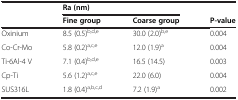
<table><thead><tr><td rowspan="2"></td><td colspan="2"><b>Ra (nm)</b></td><td></td></tr><tr><td><b>Fine group</b></td><td><b>Coarse group</b></td><td><b>P-value</b></td></tr></thead><tbody><tr><td>Oxinium</td><td>8.5 (0.5)<sup>b,d,e</sup></td><td>30.0 (2.0)<sup>b,e</sup></td><td>0.004</td></tr><tr><td>Co-Cr-Mo</td><td>5.8 (0.2)<sup>a,c,e</sup></td><td>12.0 (1.9)<sup>a</sup></td><td>0.004</td></tr><tr><td>Ti-6Al-4 V</td><td>7.1 (0.4)<sup>b,d,e</sup></td><td>16.5 (14.5)</td><td>0.003</td></tr><tr><td>Cp-Ti</td><td>5.6 (1.2)<sup>a,c,e</sup></td><td>22.0 (6.0)</td><td>0.004</td></tr><tr><td>SUS316L</td><td>1.8 (0.4)<sup>a,b,c,d</sup></td><td>7.2 (1.9)<sup>a</sup></td><td>0.002</td></tr></tbody></table>